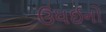
ઉધઈનો